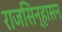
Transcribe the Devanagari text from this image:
राजसिन्हासन